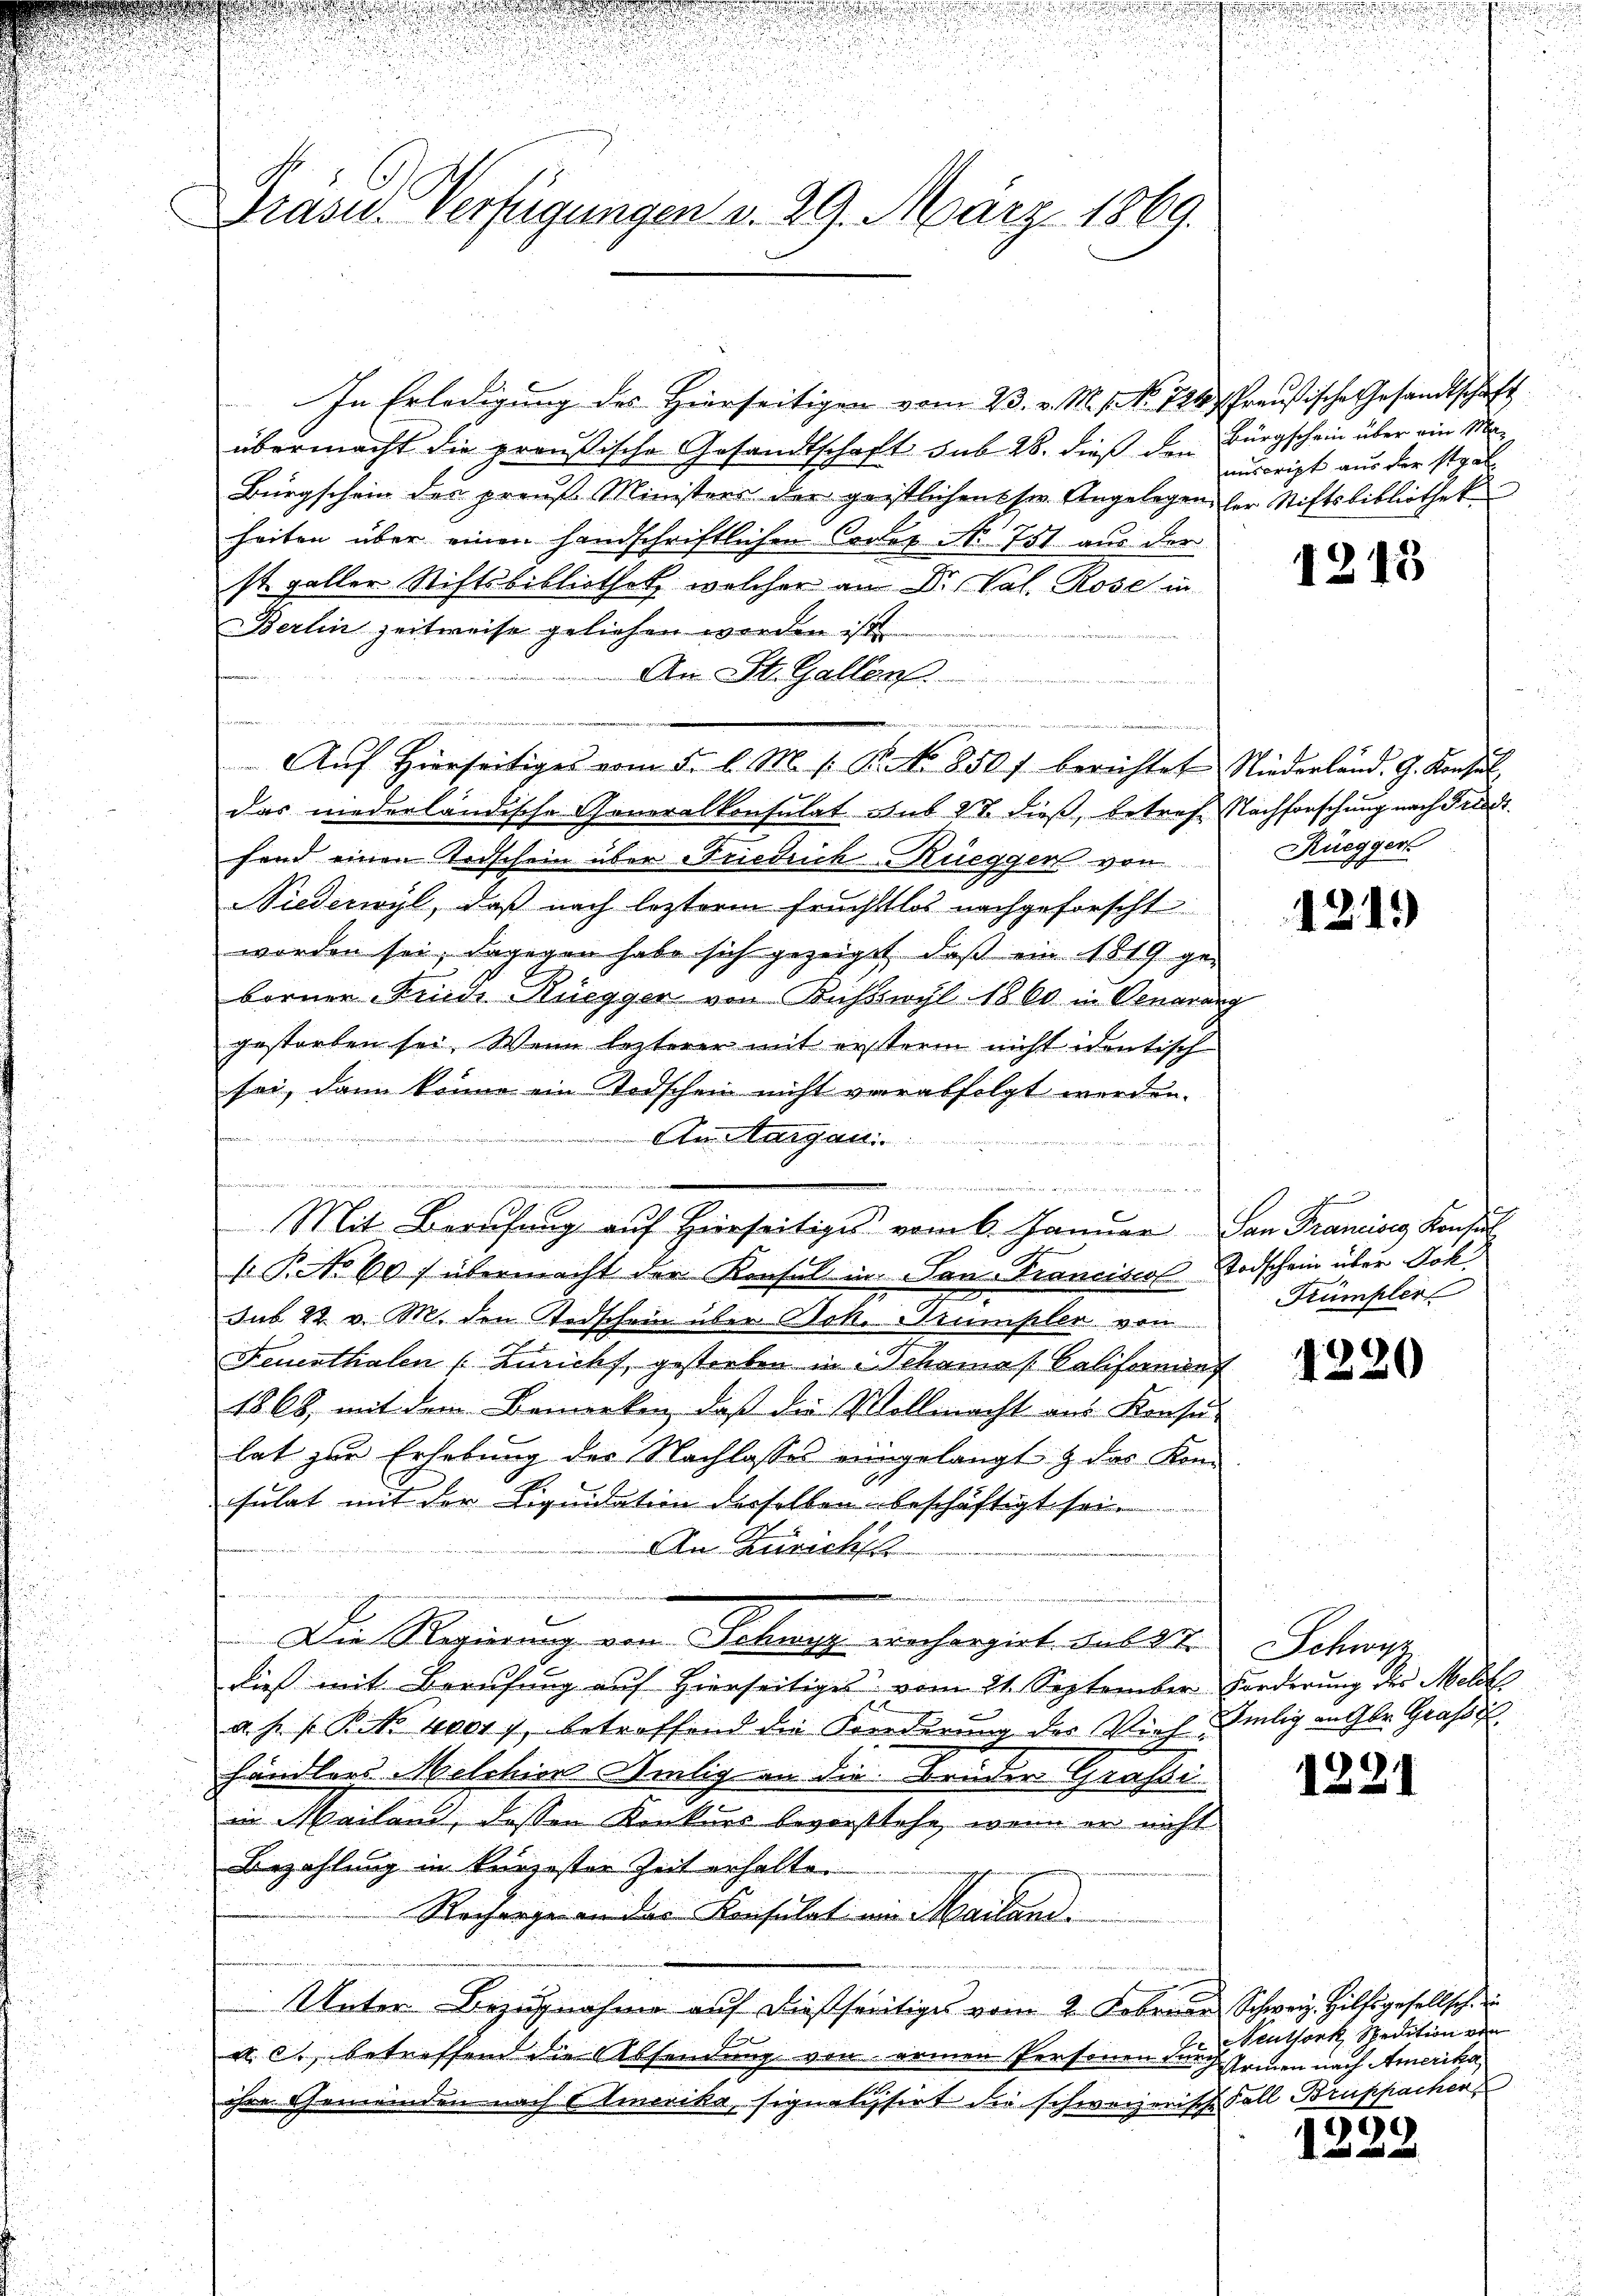
u

u
Präsid.. Verfügungen v. 29. März 1869.

In Erledigung des Hierseitigen vom 23. v. M. s. N. 724 Preußische Gesandtschaft
übermacht die preußische Gesandtschaft sub 28. dieß den Bürgschein über ein Ma¬
Bürgschein der preus Ministrer der geistlichens sie Angelegen der Stiftsbibliothek
heiten über einen handschriftlichen Codex No 751 aus der
st. galler Stiftsbibliothek, welcher an Dr. Val. Rose in
Berlin zeitweise geliehen werden ist
An St. Gallen.
e
Aŭf Hierseitiges vom 5. l. M. s. B. No 850 berichtet Niederland. G. Konsul
das niederländische Generalkonsulat sub 28. dieß, betref Nachforschung nach Friedt
fend einen Todschein über Friedrich Rüegger von
Niederwyl, daß nach leztere Fruchtlos nachgeforscht
worden sei, dagegen habe sich gezeiget, daß ein 1819 ge-
borner Finde Rüegger von Busswyl 1860 in Generangestorben sei. Wenn lezterer mit ersterm nicht identisch
sei, dann könne ein Todschen nicht verabfolgt werden.
An Margaui

r ritt de
und die werden Bereitenden, wenn ein an e g
Mit Berufung auf hierseitiges vom 6. Januar San Francise Konsul
Po 60 f übermacht der Konsul in San-Franciscos Todschein über Jok
sub 22. v. M. den Todschein über Dok. Strümpler von
Feuerthalen (Züricht, gestorben in Schannes Balifornung
1868, mit dem Bemerken, daß die Vollmacht aus Konsu-
lat zur Erhebung der Nachlasses eingelangt & das Konsulat mit der Liquidation derselben beschäftigt sei.
An Zürichts
Die Regierung vom Schweg erachargiert. Das Str
dieß mit Berufung auf Hierseitiges vom 21. September Forderung des Mell
a.h. s. Bett word, betreffend die Forderung des Vieh selig an Ger. Grass
händlers Melchior Amlig an die Bruder Gräfi
in Mailand, dessen Konkurs bevorstehe, wenn er nicht
Bezahlung in kurzester Zeit erhalte.
Recharge an das Konsulat ein Mailand.
s
Unter Bezugnahme auf dießseitiges vom 2. Februar Schweiz. Hilfsgesellsch
u. c., betreffend die Absendung von armen Personen der Armen nach Amerika,
ihre Gemeinden nach Emerika, signalisirt die schweizerische Fall Bruppachen

anscript aus der Staat

g

.
.

1213

Rüegger

121.)

e
i
Frümpler
2

1220

Schwyz

1221

Neuthork, Spedition von

9